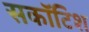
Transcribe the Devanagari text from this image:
सकॉटिश